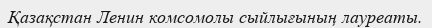
Қазақстан Ленин комсомолы сыйлығының лауреаты.